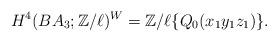
LaTeX: \begin{align*}H^4(BA_3;\mathbb{Z}/\ell)^W=\mathbb{Z}/\ell\{ Q_0(x_1y_1z_1)\}.\end{align*}